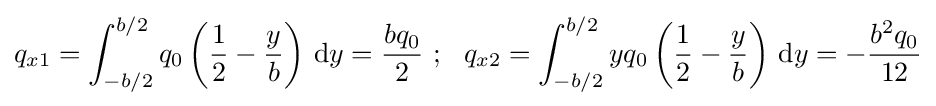
q_{x1}=\int _{-b/2}^{b/2}q_{0}\left({\frac {1}{2}}-{\frac {y}{b}}\right)\,{\text{d}}y={\frac {bq_{0}}{2}}~;~~q_{x2}=\int _{-b/2}^{b/2}yq_{0}\left({\frac {1}{2}}-{\frac {y}{b}}\right)\,{\text{d}}y=-{\frac {b^{2}q_{0}}{12}}